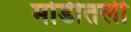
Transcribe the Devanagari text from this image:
मोडीतली